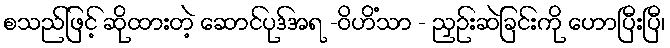
စသည်ဖြင့် ဆိုထားတဲ့ ဆောင်ပုဒ်အရ -ဝိဟိံသာ - ညှဉ်းဆဲခြင်းကို ဟောပြီးပြီ၊